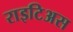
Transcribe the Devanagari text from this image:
राइटिअस